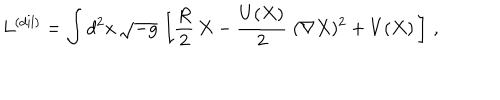
L ^ { \mathrm { ( d i l ) } } = \int d ^ { 2 } x \, \sqrt { - g } \, \left[ \frac { R } { 2 } \, X - \frac { U ( X ) } { 2 } \; ( \nabla X ) ^ { 2 } + V ( X ) \, \right] \, ,